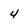
Character: 4